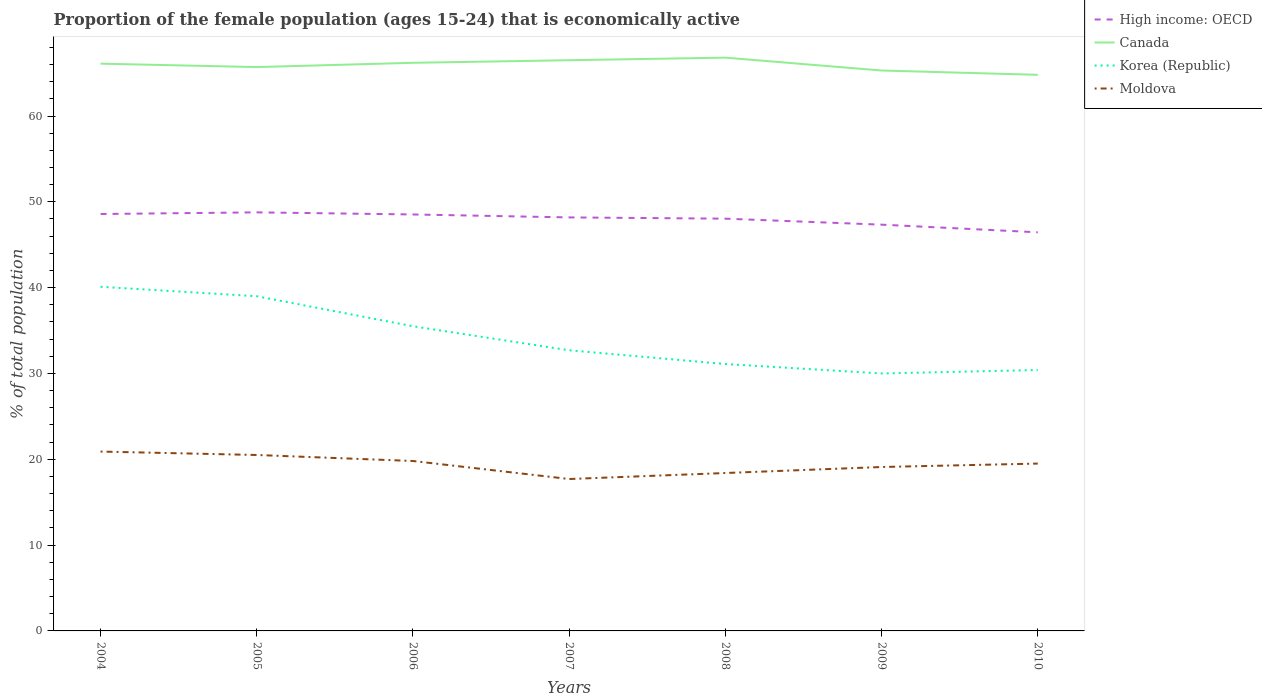
| Years | High income: OECD | Canada | Korea (Republic) | Moldova |
 | --- | --- | --- | --- | --- |
 | 2004 | 48.6 | 66.1 | 40.1 | 20.9 |
 | 2005 | 48.8 | 65.7 | 39 | 20.5 |
 | 2006 | 48.5 | 66.2 | 35.5 | 19.8 |
 | 2007 | 48.2 | 66.5 | 32.7 | 17.7 |
 | 2008 | 48 | 66.8 | 31.1 | 18.4 |
 | 2009 | 47.3 | 65.3 | 30 | 19.1 |
 | 2010 | 46.4 | 64.8 | 30.4 | 19.5 |